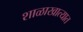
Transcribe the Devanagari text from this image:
शाळाखात्यात